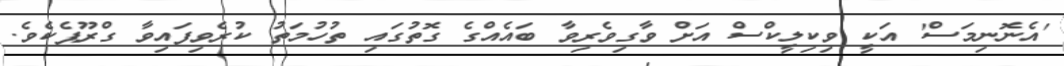
'އެނޮނިމަސް' އަކީ ވިކިލީކްސް އަށް ވާގިވެރިވާ ބައެއްގެ ގޮތުގައި ތުހުމަތު ކުރެވިފައިވާ ގްރޫޕެކެވެ.